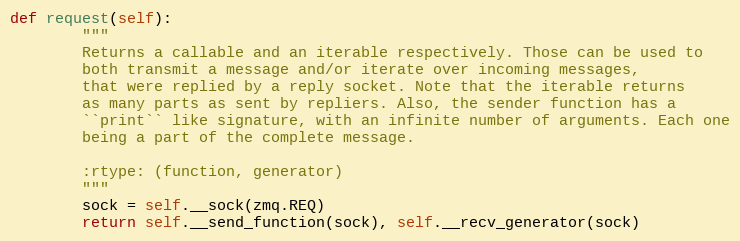
Language: Python
def request(self):
        """
        Returns a callable and an iterable respectively. Those can be used to
        both transmit a message and/or iterate over incoming messages,
        that were replied by a reply socket. Note that the iterable returns
        as many parts as sent by repliers. Also, the sender function has a
        ``print`` like signature, with an infinite number of arguments. Each one
        being a part of the complete message.

        :rtype: (function, generator)
        """
        sock = self.__sock(zmq.REQ)
        return self.__send_function(sock), self.__recv_generator(sock)